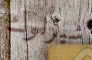
شيرلوك